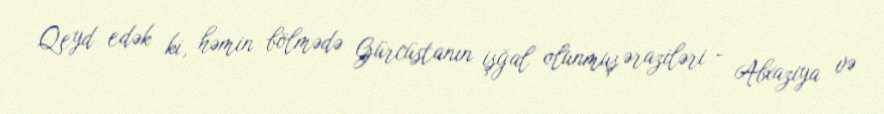
Qeyd edək ki, həmin bölmədə Gürcüstanın işğal olunmuş əraziləri - Abxaziya və